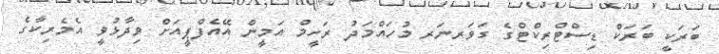
ބަރަކީ ބަރަކް ޑިސްޓްރިކްޓްގެ ގަވަރނަރ މުހައްމަދު ރަހީމް އަމީން އޭއެފްޕީއަށް ވިދާޅުވީ އެމެރިކާގެ